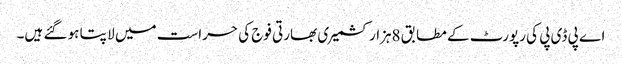
اے پی ڈی پی کی رپورٹ کے مطابق 8ہزار کشمیر ی بھارتی فوج کی حراست میں لا پتا ہو گئے ہیں۔